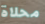
محلاة